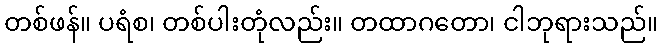
တစ်ဖန်။ ပရံစ၊ တစ်ပါးတုံလည်း။ တထာဂတော၊ ငါဘုရားသည်။